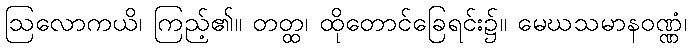
ဩလောကယိ၊ ကြည့်၏။ တတ္ထ၊ ထိုတောင်ခြေရင်း၌။ မေဃသမာနဝဏ္ဏံ၊